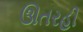
ઊતરહી